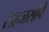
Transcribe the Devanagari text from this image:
सहजसोपे